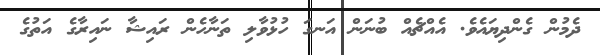
ދެމުން ގެންދިޔައެވެ. އެއްޗެއް ބުނަން އަނގަ ހުޅުވާލި ތަނާހެން ރައިޝާ ނައިރާގެ އަތުގެ